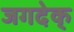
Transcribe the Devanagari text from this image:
जगदेक्